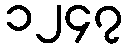
၁၂၄၇